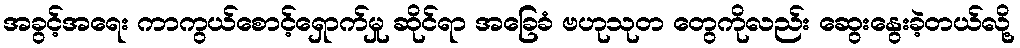
အခွင့်အရေး ကာကွယ်စောင့်ရှောက်မှု ဆိုင်ရာ အခြေခံ ဗဟုသုတ တွေကိုလည်း ဆွေးနွေးခဲ့တယ်လို့